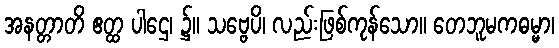
အနတ္တာတိ ဧတ္ထ ပါဌေ၊ ၌။ သဗ္ဗေပိ၊ လည်းဖြစ်ကုန်သော။ တေဘူမကဓမ္မာ၊